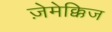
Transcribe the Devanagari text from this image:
ज़ेमेक्किज